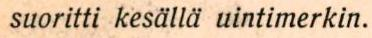
 suoritti kesällä uintimerkin.